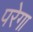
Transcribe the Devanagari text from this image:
परेगा